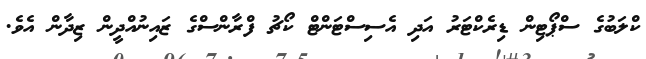
ކްލަބުގެ ސްޕޯޓިން ޑިރެކްޓަރު އަދި އެސިސްޓަންޓް ކޯޗު ފްރާންސްގެ ޒައިނުއްދީން ޒިދާން އެވެ.